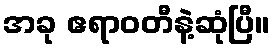
အခု ဧရာဝတီနဲ့ဆုံပြီ။